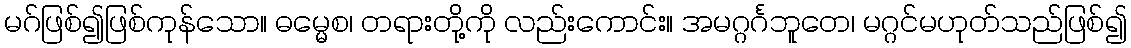
မဂ်ဖြစ်၍ဖြစ်ကုန်သော။ ဓမ္မေစ၊ တရားတို့ကို လည်းကောင်း။ အမဂ္ဂင်္ဂဘူတေ၊ မဂ္ဂင်မဟုတ်သည်ဖြစ်၍